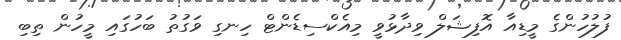
ފުލުހުންގެ މީޑިއާ އޮފިޝަލް ވިދާޅުވީ މިއެކްސިޑެންޓް ހިނގި ވަގުތު ބަހުގައި މީހުން ތިބި